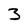
Character: 3